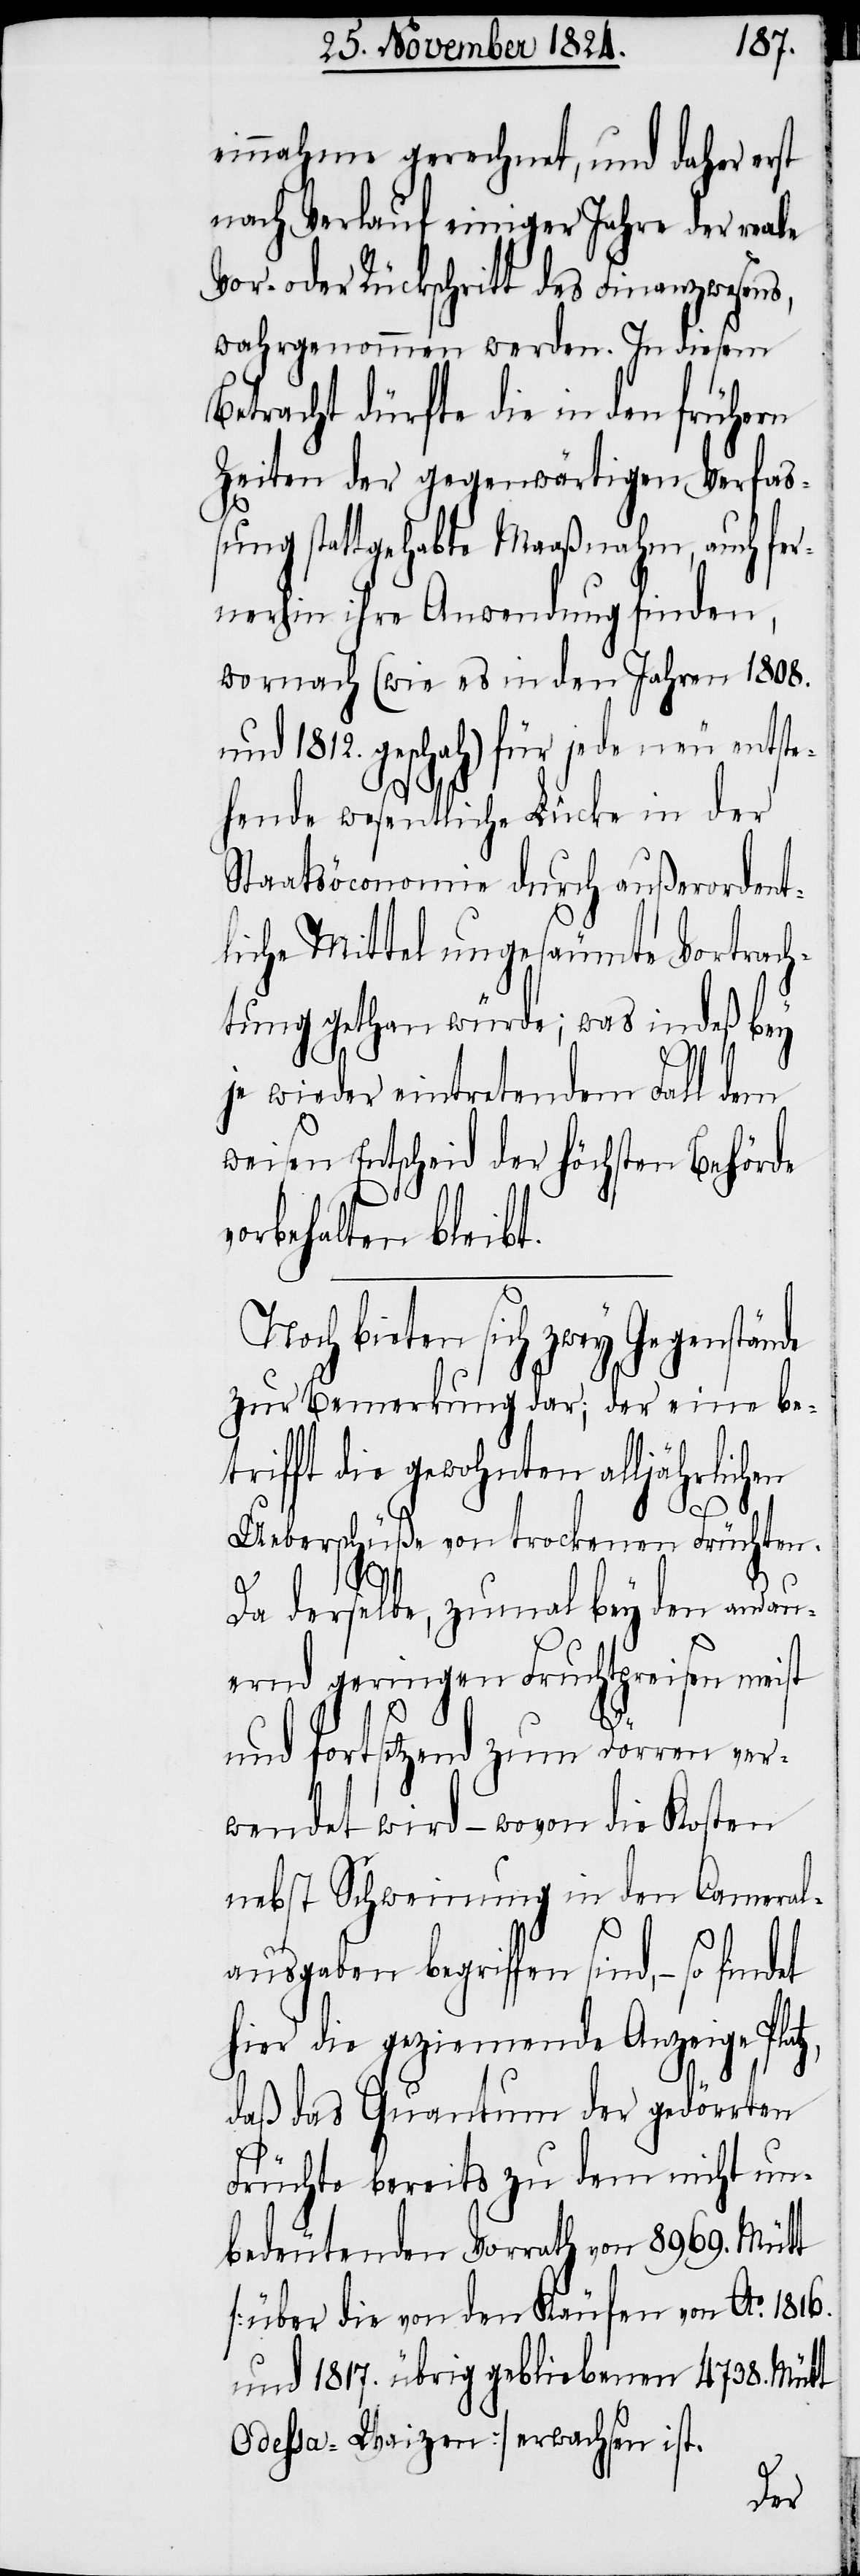
einnahme gerechnet, und daher erst
nach Verkauf einiger Jahre der reale
Vor- oder Rückschritt des Finanzwesens,
wahrgenommen werden. In diesem
Betracht dürfte die in den frühern
Zeiten der gegenwärtigen Verfa¬
ßung stattgehabte Maaßnahme, auch fer¬
nerhin ihre Anwendung finden,
wornach (wie es in den Jahren 1808.
und 1812. geschah) für jede neu entste¬
hende wesentliche Lücke in der
Staatsöconomie durch außerordent¬
liche Mittel ungesäumte Vortrach¬
tung gethan würde; was indeß bey
je wieder eintretendem Fall dem
weisen Entscheid der Höchsten Behörde
vorbehalten bleibt.
Noch bieten sich zwey Gegenstände
zur Bemerkung dar, der eine be¬
trifft die gewohnten alljährlichen
Ueberschüße von trockenen Früchten.
Da derselbe, zumal bey den andau¬
ernd geringen Fruchtpreisen meist
und fortsetzend zum Dörren ver¬
wendet wird – wovon die Kosten
nebst Schweinung in den Cameral¬
ausgaben begriffen sind, – so findet
hier die geziemende Anzeige Platz,
daß das Quantum der gedörrten
Früchte bereits zu dem nicht un¬
bedeutenden Vorrath von 8969. Mütt
[über die von den Käufen von Ao. 1816.
und 1817. übrig gebliebenen 4738. Mütt
Odessa-Waizen] erwachsen ist.